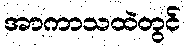
အာကာသထဲတွင်